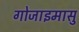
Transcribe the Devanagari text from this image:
गोजाइमासु